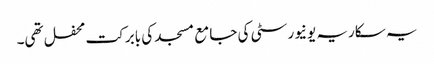
یہ سکاریہ یونیورسٹی کی جامع مسجد کی بابرکت محفل تھی۔